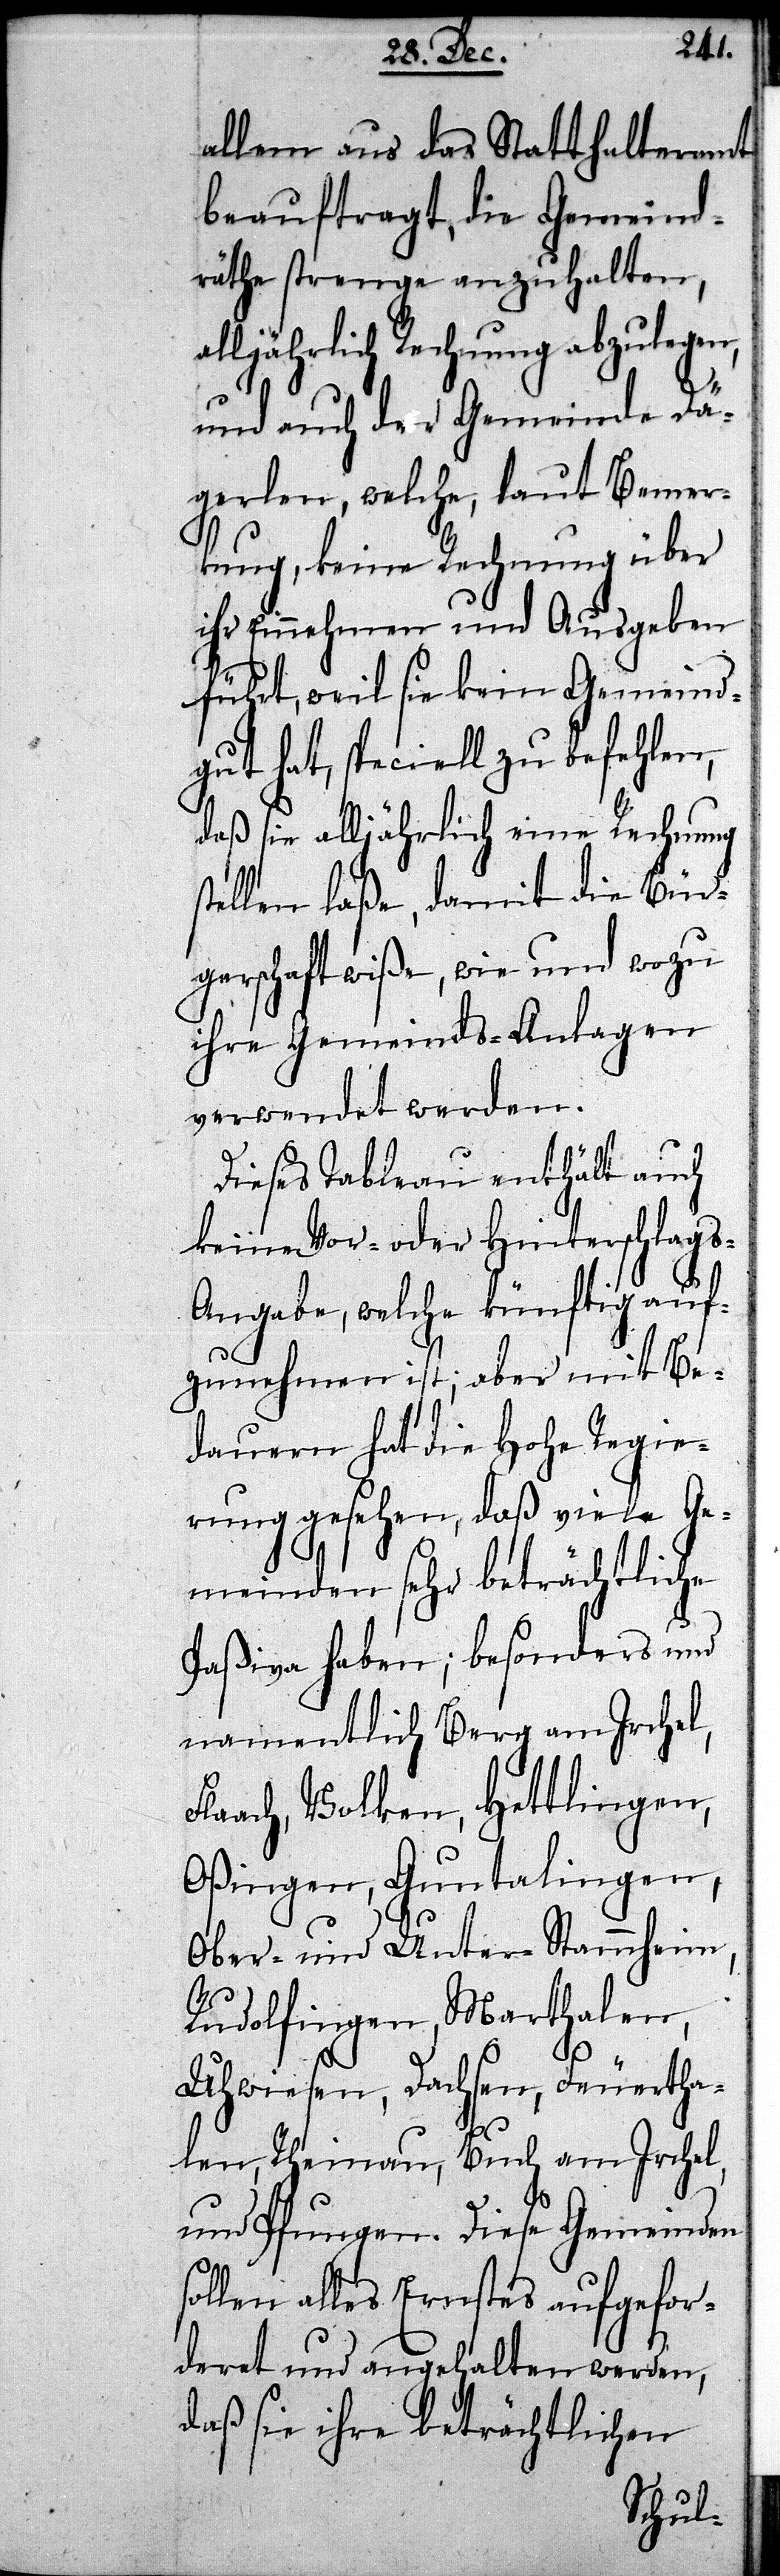
s¬
allem aus das Statthalteramt
beauftragt, die Gemeind¬
räthe strenge anzuhalten,
alljährlich Rechnung abzulegen,
und auch der Gemeinde Dä¬
gerlen, welche, laut Bemer¬
kung, keine Rechnung über
ihre Einnahmen und Ausgaben
führt, weil sie kein Gemeind¬
gut hat, speciell zu befehlen,
daß sie alljährlich eine Rechnung
tellen laße, damit die Bür¬
gerschaft wiße, wie und wozu
ihre Gemeinds-Anlagen
verwendet werden.
Dieses Tableau enthält auch
keine Vor- oder Hinterschlag¬
s-Angabe, welche künftig auf¬
zunehmen ist; aber mit Be¬
dauern hat die Hohe Regie¬
rung gesehen, daß viele Ge¬
meinden sehr beträchtliche
Paßiva haben; besonders und
namentlich Berg am Irchel,
Flaach, Volken, Hettlingen,
Oßingen, Guntalingen,
Ober- und Unter-Stammheim,
Rudolfingen, Marthalen,
Uhwiesen, Dachsen, Feuertha¬
len, Rheinau, Buch am Irchel,
und Pfungen. Diese Gemeinden
ollen alles Ernstes aufgefor¬
deret und angehalten werden,
daß sie ihre beträchtlichen